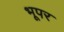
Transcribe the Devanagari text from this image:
भूपर